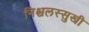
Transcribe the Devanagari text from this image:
निश्चलस्सुखी